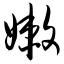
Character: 嫩